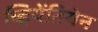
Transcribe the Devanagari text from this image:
व्हियेंतियेन